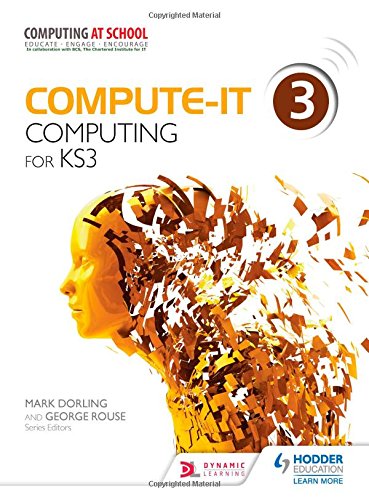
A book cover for Compute-IT Students Book 3. Computing for KS 3; Mark Dorling; Teen & Young Adult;